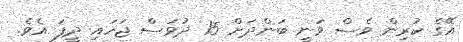
އޭގެ ކުރިން ވެސް ވަނީ ބަންދަށް 15 ދުވަސް ޖަހައި ދީފަ އެވެ.